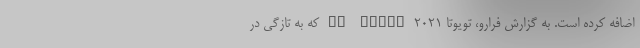
اضافه کرده است. به گزارش فرارو، تویوتا ۲۰۲۱ GR Supra که به تازگی در